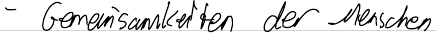
- Gemeinsamkeiten der Menschen